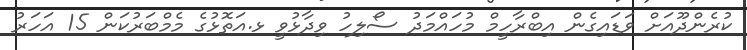
ކުރެންދޫއަށް ވަޑައިގެން އިބްރާހީމް މުހައްމަދު ސޯލިހު ވިދާޅުވީ ޅ.އަތޮޅުގެ މެމްބަރުކަން 15 އަހަރު